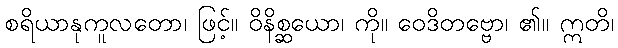
စရိယာနုကူလတော၊ ဖြင့်။ ဝိနိစ္ဆယော၊ ကို။ ဝေဒိတဗ္ဗော၊ ၏။ ဣတိ၊